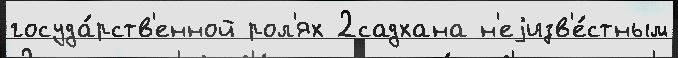
госуда́рств'енной рол'ях 2садхана н'еjизв'е́стным